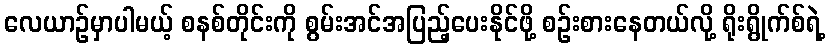
လေယာဉ်မှာပါမယ့် စနစ်တိုင်းကို စွမ်းအင်အပြည့်ပေးနိုင်ဖို့ စဉ်းစားနေတယ်လို့ ရိုးရွိုက်စ်ရဲ့